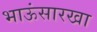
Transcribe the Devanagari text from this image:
भाऊंसारखा